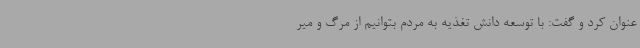
عنوان کرد و گفت: با توسعه دانش تغذیه به مردم بتوانیم از مرگ و میر